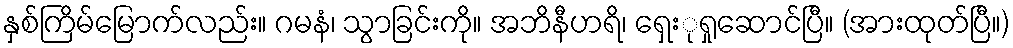
နှစ်ကြိမ်မြောက်လည်း။ ဂမနံ၊ သွာခြင်းကို။ အဘိနီဟရိ၊ ရှေးုရှုဆောင်ပြီ။ (အားထုတ်ပြီ။)